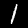
Digit: 1